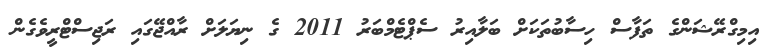
އިމިގްރޭޝަންގެ ތަފާސް ހިސާބުތަކަށް ބަލާއިރު ސެޕްޓެމްބަރު 2011 ގެ ނިޔަލަށް ރާއްޖޭގައި ރަޖިސްޓްރީވެގެން